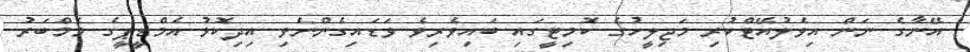
އޭނާގެ ނަން އިވެލުއޭޓްކުރި މަޖިލީހުގެ ކޮމިޓީގައި ބައިވެރިވެ ވަޑައިގެންނެވި އިދިކޮޅު އެމްޑީޕީގެ މެމްބަރު